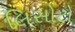
લિસોટો